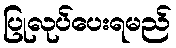
ပြုလုပ်ပေးရမည်